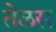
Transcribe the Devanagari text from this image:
तेलस